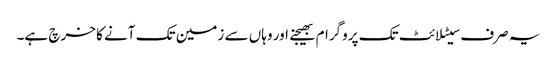
یہ صرف سیٹلائٹ تک پروگرام بھیجنے اور وہاں سے زمین تک آنے کا خرچ ہے۔